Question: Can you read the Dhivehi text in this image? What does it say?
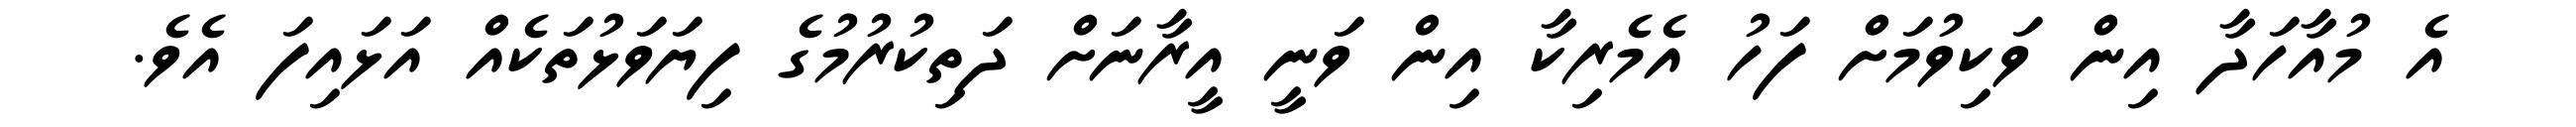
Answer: އެ މުއާހަދާ އިން ވަކިވުމަށް ފަހު އެމެރިކާ އިން ވަނީ އީރާނަށް ދަތިކުރުމުގެ ފިޔަވަޅުތަކެއް އަޅައިފަ އެވެ.